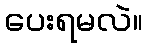
ပေးရမလဲ။